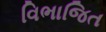
વિભાજિત